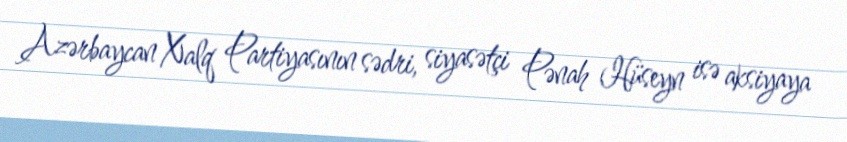
Azərbaycan Xalq Partiyasının sədri, siyasətçi Pənah Hüseyn isə aksiyaya